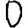
Digit: 0